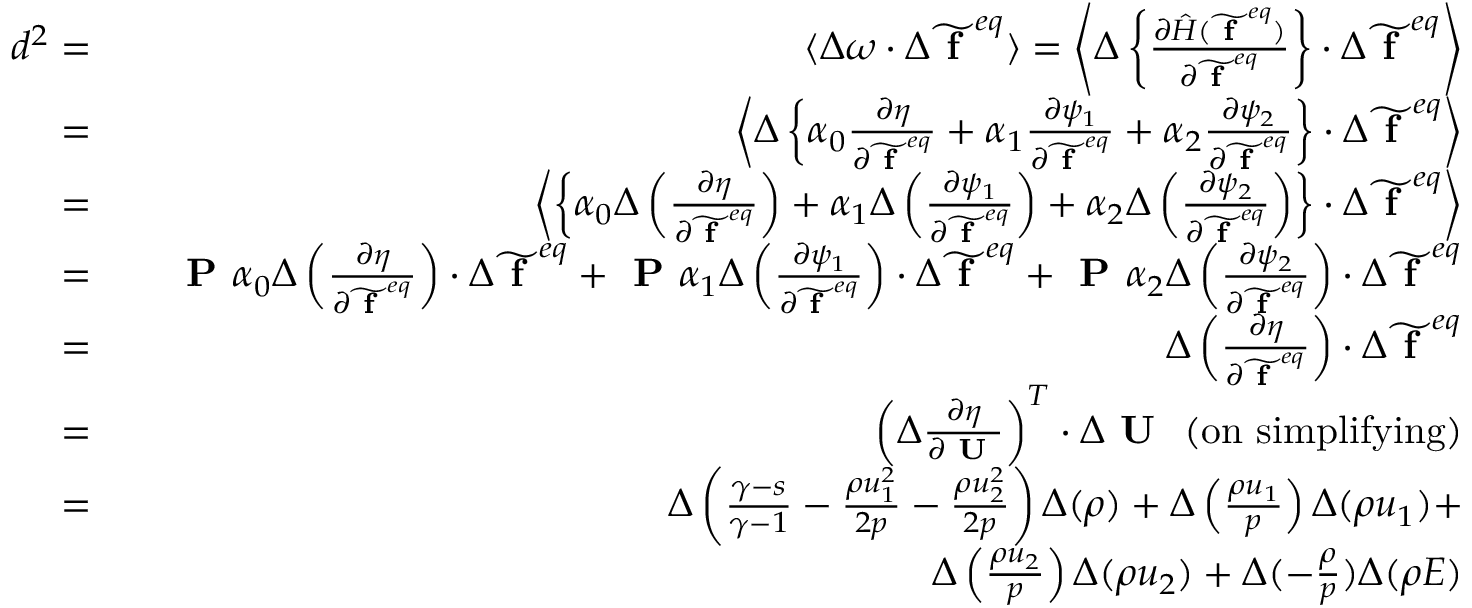
\begin{array} { r l r } { d ^ { 2 } = } & { } & { \langle \Delta \omega \cdot \Delta \widetilde { \textbf { f } } ^ { e q } \rangle = \left\langle \Delta \left\{ \frac { \partial \hat { H } ( \widetilde { \textbf { f } } ^ { e q } ) } { \partial \widetilde { \textbf { f } } ^ { e q } } \right\} \cdot \Delta \widetilde { \textbf { f } } ^ { e q } \right\rangle } \\ { = } & { } & { \left\langle \Delta \left\{ \boldsymbol { \alpha } _ { 0 } \frac { \partial \eta } { \partial \widetilde { \textbf { f } } ^ { e q } } + \boldsymbol { \alpha } _ { 1 } \frac { \partial \psi _ { 1 } } { \partial \widetilde { \textbf { f } } ^ { e q } } + \boldsymbol { \alpha } _ { 2 } \frac { \partial \psi _ { 2 } } { \partial \widetilde { \textbf { f } } ^ { e q } } \right\} \cdot \Delta \widetilde { \textbf { f } } ^ { e q } \right\rangle } \\ { = } & { } & { \left\langle \left\{ \boldsymbol { \alpha } _ { 0 } \Delta \left( \frac { \partial \eta } { \partial \widetilde { \textbf { f } } ^ { e q } } \right) + \boldsymbol { \alpha } _ { 1 } \Delta \left( \frac { \partial \psi _ { 1 } } { \partial \widetilde { \textbf { f } } ^ { e q } } \right) + \boldsymbol { \alpha } _ { 2 } \Delta \left( \frac { \partial \psi _ { 2 } } { \partial \widetilde { \textbf { f } } ^ { e q } } \right) \right\} \cdot \Delta \widetilde { \textbf { f } } ^ { e q } \right\rangle } \\ { = } & { } & { \textbf { P } \boldsymbol { \alpha } _ { 0 } \Delta \left( \frac { \partial \eta } { \partial \widetilde { \textbf { f } } ^ { e q } } \right) \cdot \Delta \widetilde { \textbf { f } } ^ { e q } + \textbf { P } \boldsymbol { \alpha } _ { 1 } \Delta \left( \frac { \partial \psi _ { 1 } } { \partial \widetilde { \textbf { f } } ^ { e q } } \right) \cdot \Delta \widetilde { \textbf { f } } ^ { e q } + \textbf { P } \boldsymbol { \alpha } _ { 2 } \Delta \left( \frac { \partial \psi _ { 2 } } { \partial \widetilde { \textbf { f } } ^ { e q } } \right) \cdot \Delta \widetilde { \textbf { f } } ^ { e q } } \\ { = } & { } & { \Delta \left( \frac { \partial \eta } { \partial \widetilde { \textbf { f } } ^ { e q } } \right) \cdot \Delta \widetilde { \textbf { f } } ^ { e q } } \\ { = } & { } & { \left( \Delta \frac { \partial \eta } { \partial \textbf { U } } \right) ^ { T } \cdot \Delta \textbf { U } \mathrm { ~ ( o n ~ s i m p l i f y i n g ) } } \\ { = } & { } & { \Delta \left( \frac { \gamma - s } { \gamma - 1 } - \frac { \rho u _ { 1 } ^ { 2 } } { 2 p } - \frac { \rho u _ { 2 } ^ { 2 } } { 2 p } \right) \Delta ( \rho ) + \Delta \left( \frac { \rho u _ { 1 } } { p } \right) \Delta ( \rho u _ { 1 } ) + } \\ & { } & { \Delta \left( \frac { \rho u _ { 2 } } { p } \right) \Delta ( \rho u _ { 2 } ) + \Delta ( - \frac { \rho } { p } ) \Delta ( \rho E ) } \end{array}